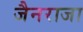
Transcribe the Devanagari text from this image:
जैनराजा